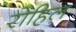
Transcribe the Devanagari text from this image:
रोहिल